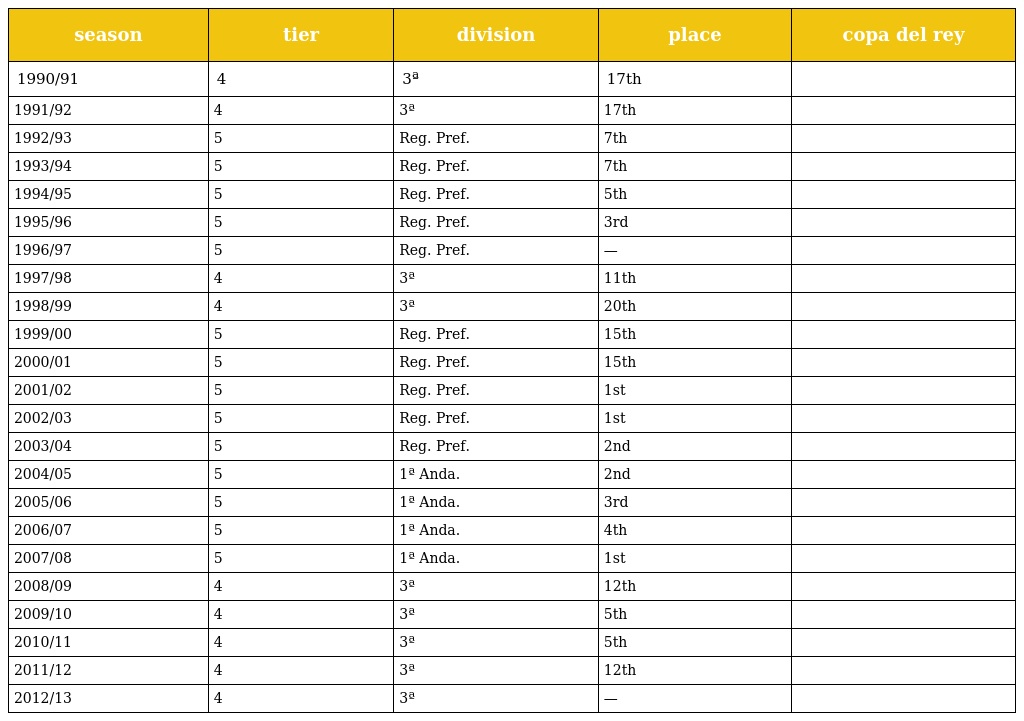
| season | tier | division | place | copa del rey |
 | --- | --- | --- | --- | --- |
 | 1990/91 | 4 | 3ª | 17th |  |
 | 1991/92 | 4 | 3ª | 17th |  |
 | 1992/93 | 5 | Reg. Pref. | 7th |  |
 | 1993/94 | 5 | Reg. Pref. | 7th |  |
 | 1994/95 | 5 | Reg. Pref. | 5th |  |
 | 1995/96 | 5 | Reg. Pref. | 3rd |  |
 | 1996/97 | 5 | Reg. Pref. | — |  |
 | 1997/98 | 4 | 3ª | 11th |  |
 | 1998/99 | 4 | 3ª | 20th |  |
 | 1999/00 | 5 | Reg. Pref. | 15th |  |
 | 2000/01 | 5 | Reg. Pref. | 15th |  |
 | 2001/02 | 5 | Reg. Pref. | 1st |  |
 | 2002/03 | 5 | Reg. Pref. | 1st |  |
 | 2003/04 | 5 | Reg. Pref. | 2nd |  |
 | 2004/05 | 5 | 1ª Anda. | 2nd |  |
 | 2005/06 | 5 | 1ª Anda. | 3rd |  |
 | 2006/07 | 5 | 1ª Anda. | 4th |  |
 | 2007/08 | 5 | 1ª Anda. | 1st |  |
 | 2008/09 | 4 | 3ª | 12th |  |
 | 2009/10 | 4 | 3ª | 5th |  |
 | 2010/11 | 4 | 3ª | 5th |  |
 | 2011/12 | 4 | 3ª | 12th |  |
 | 2012/13 | 4 | 3ª | — |  |